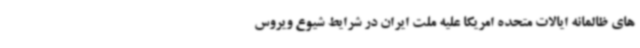
های ظالمانه ایالات متحده امریکا علیه ملت ایران در شرایط شیوع ویروس